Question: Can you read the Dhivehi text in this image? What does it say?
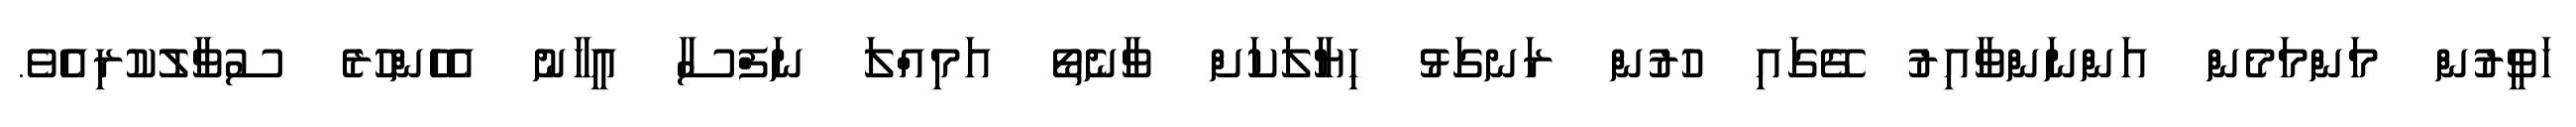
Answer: ހަވީރުން މަންމަމެން އަންނަންވާއިރު ގޭގައި ހުރުން ރަނގަޅު ހިޔާލަކަށް ވާނެތޯ އަމިއްލަ ނަފްސާ އީހާނު އެހެންހުރެ ސުވާލުކުރިއެވެ.